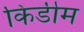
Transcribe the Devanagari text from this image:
किडीम